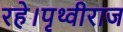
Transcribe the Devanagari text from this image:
रहे।पृथ्वीराज